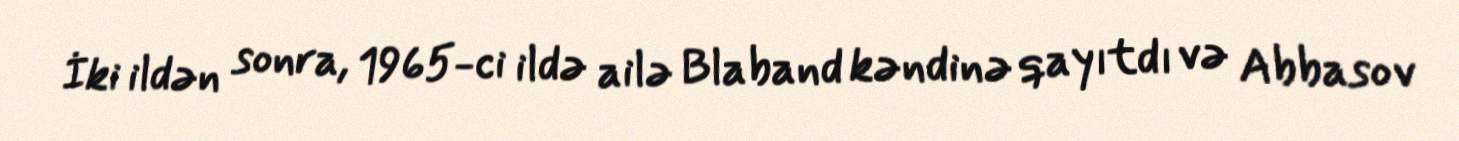
İki ildən sonra, 1965-ci ildə ailə Blaband kəndinə qayıtdı və Abbasov